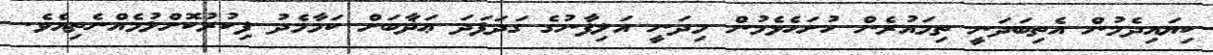
ކިޔައިދެމުން އެތިބަދަނީ ތިމައުރެން ހުށަހެޅެމުން މިދަނީ އަލިފާނުގެ ގަދަފަދަ ޢަޛާބަށް ކަމާމެދު ފިކުރުކޮށްލުމެއްނެތިއެވެ.